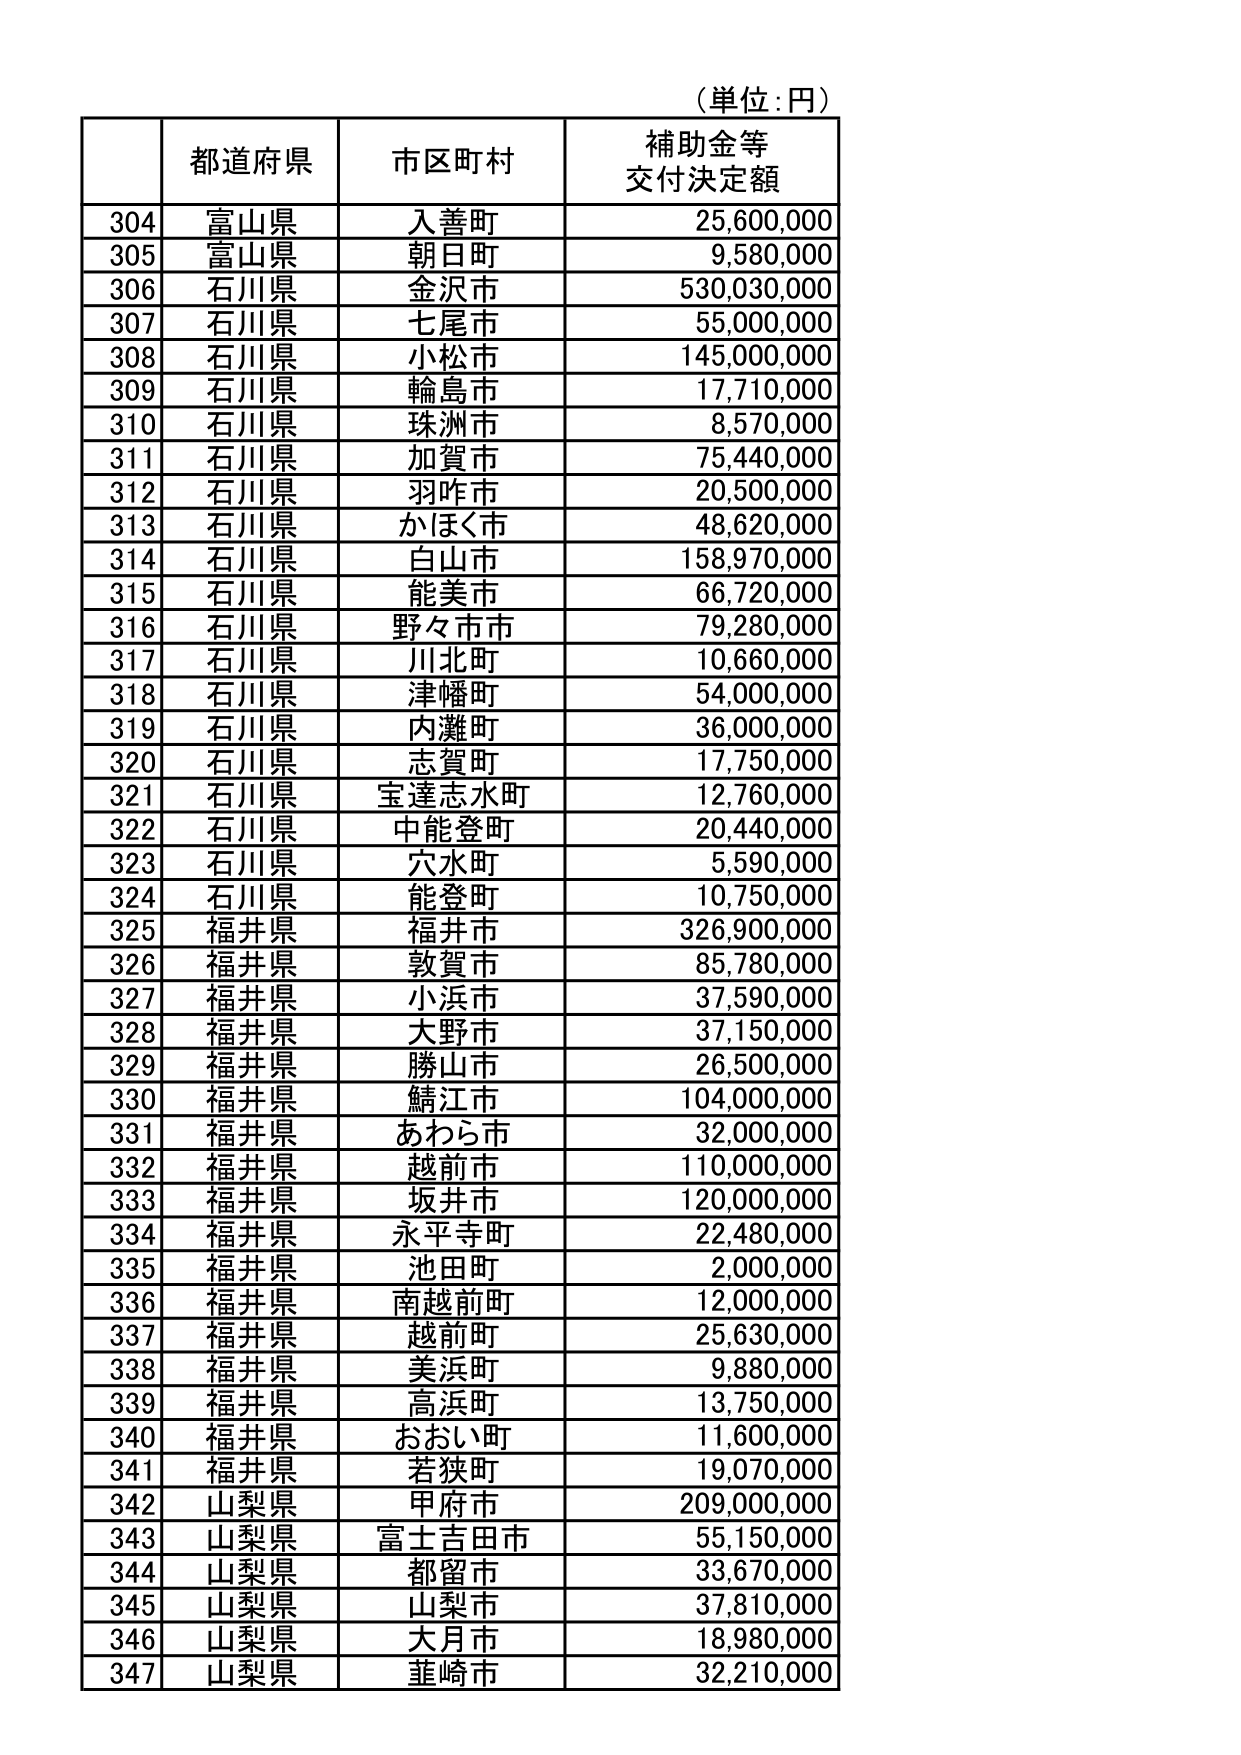
（単位：円）

| | 都道府県 | 市区町村 | 補助金等 交付決定額 |
|---|---|---|---|
| 304 | 富山県 | 入善町 | 25,600,000 |
| 305 | 富山県 | 朝日町 | 9,580,000 |
| 306 | 石川県 | 金沢市 | 530,030,000 |
| 307 | 石川県 | 七尾市 | 55,000,000 |
| 308 | 石川県 | 小松市 | 145,000,000 |
| 309 | 石川県 | 輪島市 | 17,710,000 |
| 310 | 石川県 | 珠洲市 | 8,570,000 |
| 311 | 石川県 | 加賀市 | 75,440,000 |
| 312 | 石川県 | 羽咋市 | 20,500,000 |
| 313 | 石川県 | かほく市 | 48,620,000 |
| 314 | 石川県 | 白山市 | 158,970,000 |
| 315 | 石川県 | 能美市 | 66,720,000 |
| 316 | 石川県 | 野々市市 | 79,280,000 |
| 317 | 石川県 | 川北町 | 10,660,000 |
| 318 | 石川県 | 津幡町 | 54,000,000 |
| 319 | 石川県 | 内灘町 | 36,000,000 |
| 320 | 石川県 | 志賀町 | 17,750,000 |
| 321 | 石川県 | 宝達志水町 | 12,760,000 |
| 322 | 石川県 | 中能登町 | 20,440,000 |
| 323 | 石川県 | 穴水町 | 5,590,000 |
| 324 | 石川県 | 能登町 | 10,750,000 |
| 325 | 福井県 | 福井市 | 326,900,000 |
| 326 | 福井県 | 敦賀市 | 85,780,000 |
| 327 | 福井県 | 小浜市 | 37,590,000 |
| 328 | 福井県 | 大野市 | 37,150,000 |
| 329 | 福井県 | 勝山市 | 26,500,000 |
| 330 | 福井県 | 鯖江市 | 104,000,000 |
| 331 | 福井県 | あわら市 | 32,000,000 |
| 332 | 福井県 | 越前市 | 110,000,000 |
| 333 | 福井県 | 坂井市 | 120,000,000 |
| 334 | 福井県 | 永平寺町 | 22,480,000 |
| 335 | 福井県 | 池田町 | 2,000,000 |
| 336 | 福井県 | 南越前町 | 12,000,000 |
| 337 | 福井県 | 越前町 | 25,630,000 |
| 338 | 福井県 | 美浜町 | 9,880,000 |
| 339 | 福井県 | 高浜町 | 13,750,000 |
| 340 | 福井県 | おおい町 | 11,600,000 |
| 341 | 福井県 | 若狭町 | 19,070,000 |
| 342 | 山梨県 | 甲府市 | 209,000,000 |
| 343 | 山梨県 | 富士吉田市 | 55,150,000 |
| 344 | 山梨県 | 都留市 | 33,670,000 |
| 345 | 山梨県 | 山梨市 | 37,810,000 |
| 346 | 山梨県 | 大月市 | 18,980,000 |
| 347 | 山梨県 | 韮崎市 | 32,210,000 |